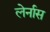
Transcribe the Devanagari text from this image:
लेर्नास